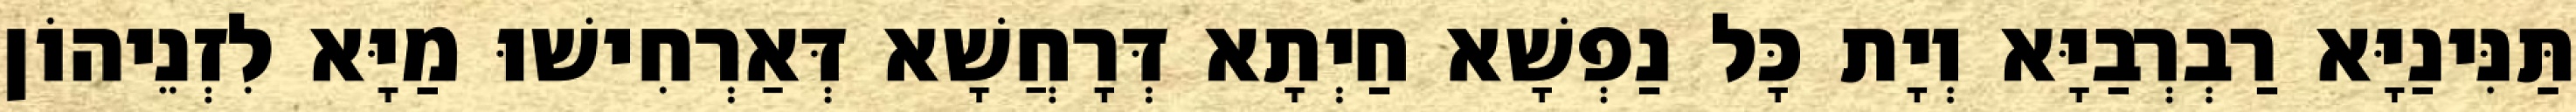
תַּנִּינַיָּא רַבְרְבַיָּא וְיָת כָּל נַפְשָׁא חַיְתָא דְּרָחֲשָׁא דְּאַרְחִישׁוּ מַיָּא לִזְנֵיהוֹן